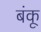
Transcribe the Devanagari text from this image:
बंकू